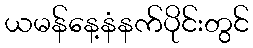
ယမန်နေ့နံနက်ပိုင်းတွင်